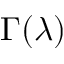
\Gamma ( \lambda )